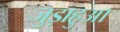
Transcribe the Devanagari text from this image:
जुड़ाहुआ